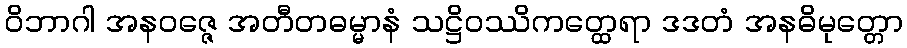
ဝိဘာဂါ အနဝဇ္ဇေ အတီတဓမ္မာနံ သဋ္ဌိဝဿိကတ္ထေရာ ဒဒတံ အနဓိမုတ္တော